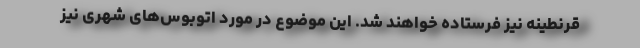
قرنطینه نیز فرستاده خواهند شد. این موضوع در مورد اتوبوس‌های شهری نیز